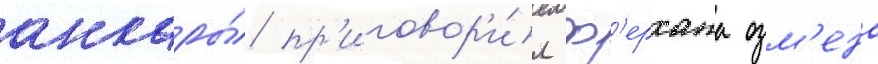
анкары́ пр'иговор'и́л ф'ерхата озм'ена